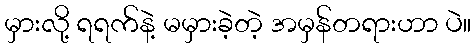
မှားလို့ ရရက်နဲ့ မမှားခဲ့တဲ့ အမှန်တရားဟာ ပဲ။